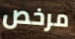
مرخص